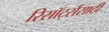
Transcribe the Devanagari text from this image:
रिसॉर्ट्ससाठी